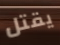
يقتل